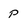
Character: p